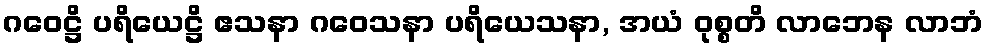
ဂဝေဋ္ဌိ ပရိယေဋ္ဌိ ဧသနာ ဂဝေသနာ ပရိယေသနာ, အယံ ဝုစ္စတိ လာဘေန လာဘံ